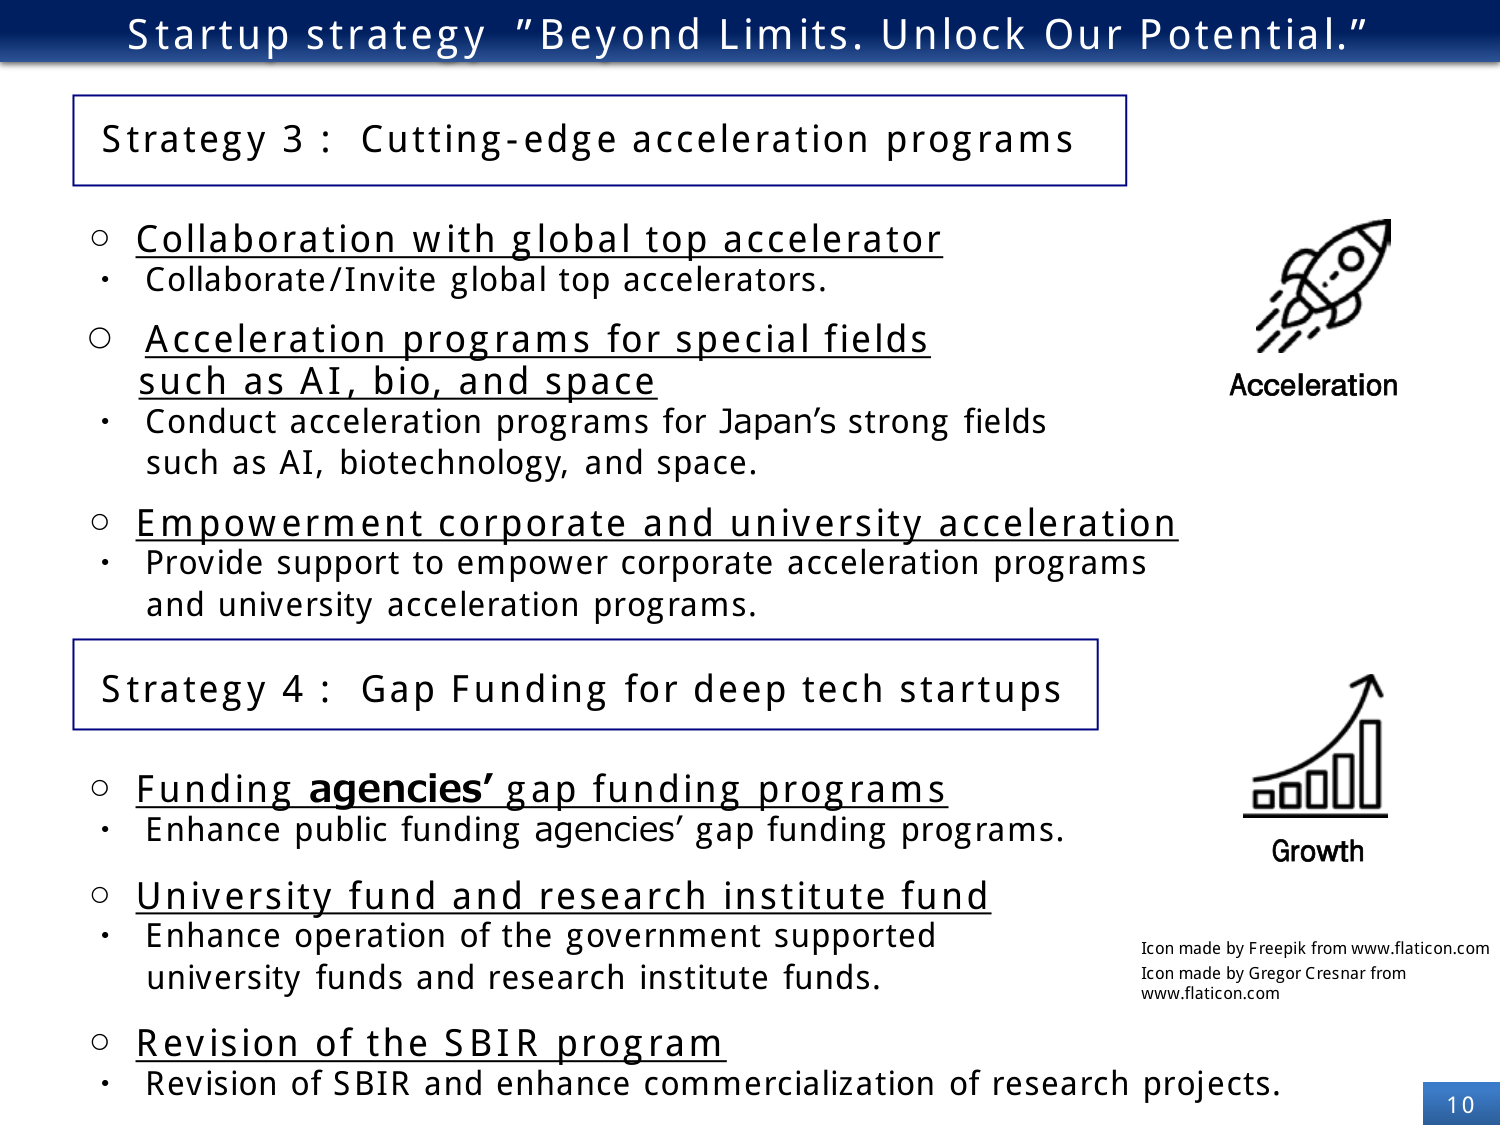
Startup strategy "Beyond Limits. Unlock Our Potential."

Strategy 3: Cutting-edge acceleration programs

○ Collaboration with global top accelerator
• Collaborate/Invite global top accelerators.

○ Acceleration programs for special fields such as AI, bio, and space
• Conduct acceleration programs for Japan’s strong fields such as AI, biotechnology, and space.

○ Empowerment corporate and university acceleration
• Provide support to empower corporate acceleration programs and university acceleration programs.

Strategy 4: Gap Funding for deep tech startups

○ Funding agencies’ gap funding programs
• Enhance public funding agencies’ gap funding programs.

○ University fund and research institute fund
• Enhance operation of the government supported university funds and research institute funds.

○ Revision of the SBIR program
• Revision of SBIR and enhance commercialization of research projects.

Acceleration
Growth

Icon made by Freepik from www.flaticon.com
Icon made by Gregor Cresnar from www.flaticon.com

10